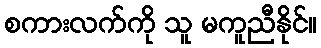
စကားလက်ကို သူ မကူညီနိုင်။